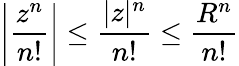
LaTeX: \left|{\frac{z^{n}}{n!}}\right|\leq{\frac{|z|^{n}}{n!}}\leq{\frac{R^{n}}{n!}}